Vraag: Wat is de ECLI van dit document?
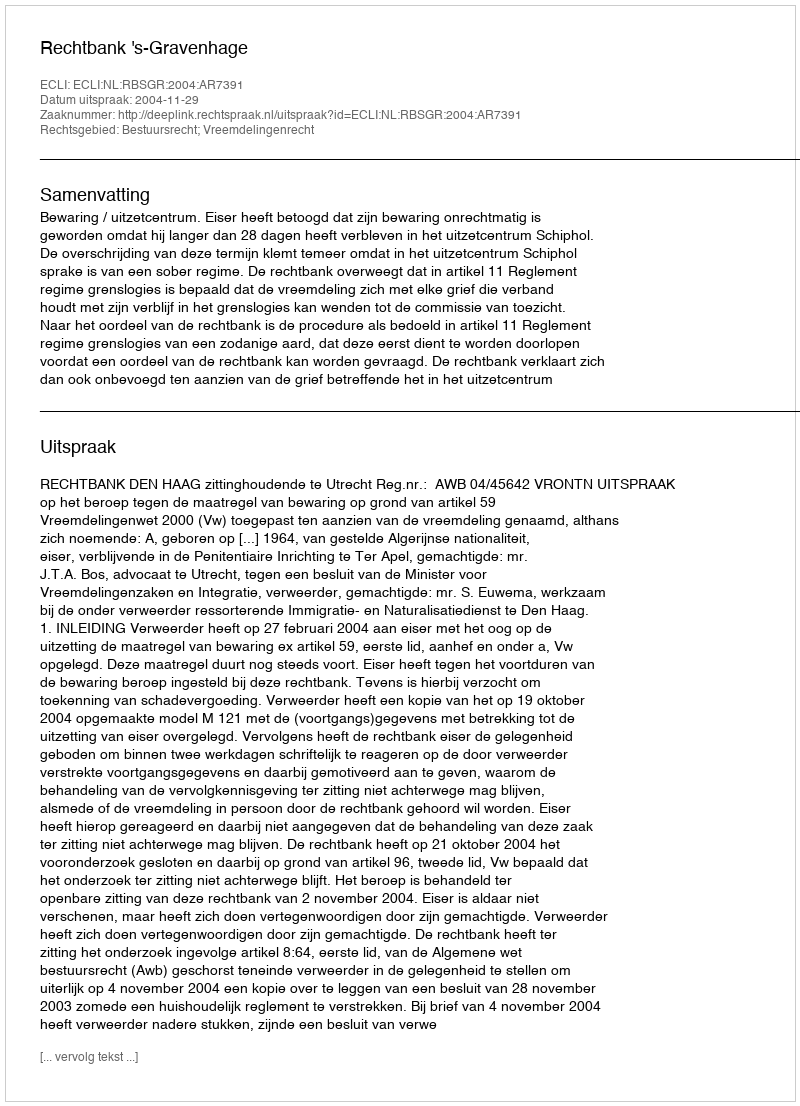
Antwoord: ECLI:NL:RBSGR:2004:AR7391